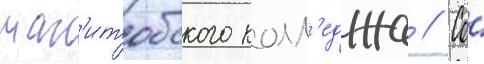
ман'итобского колл'еджа // Со́